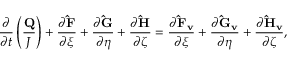
\frac { \partial } { \partial t } \left( \frac { \mathbf { Q } } { J } \right) + \frac { \partial \mathbf { \hat { F } } } { \partial \xi } + \frac { \partial \mathbf { \hat { G } } } { \partial \eta } + \frac { \partial \mathbf { \hat { H } } } { \partial \zeta } = \frac { \partial \mathbf { \hat { F } _ { v } } } { \partial \xi } + \frac { \partial \mathbf { \hat { G } _ { v } } } { \partial \eta } + \frac { \partial \mathbf { \hat { H } _ { v } } } { \partial \zeta } ,